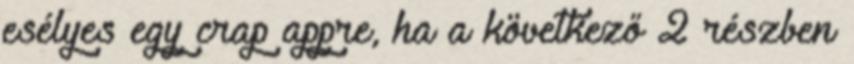
esélyes egy crap appre, ha a következő 2 részben